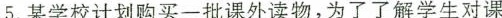
5.某学校计划购买一批课外读物，为了了解学生对课